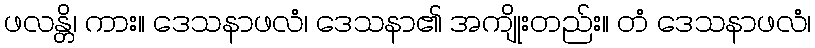
ဖလန္တိ၊ ကား။ ဒေသနာဖလံ၊ ဒေသနာ၏ အကျိုးတည်း။ တံ ဒေသနာဖလံ၊